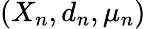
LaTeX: (X_{n},d_{n},\mu_{n})